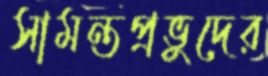
সামন্তপ্রভুদের